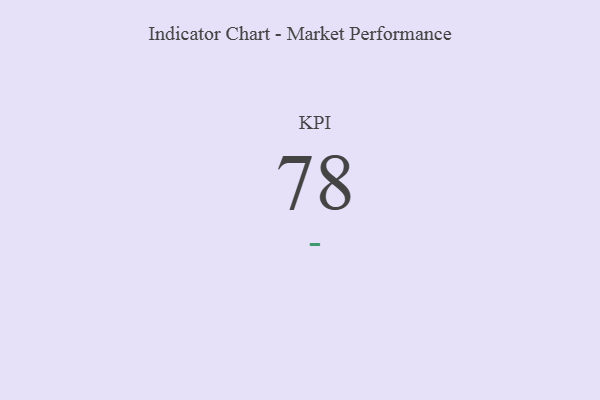
{"axis": {"x": "KPI", "y": "Value"}, "legend": [""], "data": [{"x": "KPI", "y": 78, "type": ""}]}